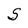
Character: S